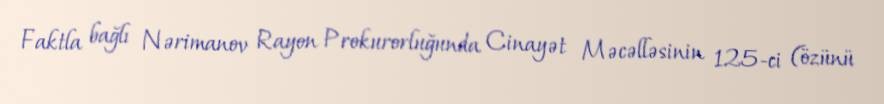
Faktla bağlı Nərimanov Rayon Prokurorluğunda Cinayət Məcəlləsinin 125-ci (özünü